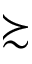
\succsim